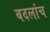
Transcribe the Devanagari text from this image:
बदलांच